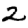
Digit: 2